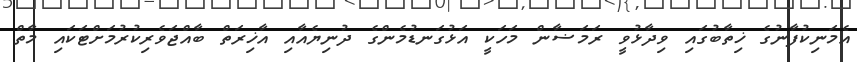
އެމަނިކުފާނުގެ ޚިތާބުގައި ވިދާޅުވީ ރަމަޟާން މަހަކީ އަޅުގަނޑުމެންގެ ދުނިޔެއާއި އާޚިރަތް ބާއްޖަވެރިކުރުމަށްޓަކައި މާތް